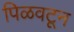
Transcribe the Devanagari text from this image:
पिळवटून